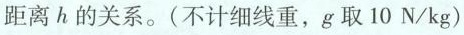
距离h的关系。(不计细线重，g取10N/kg)